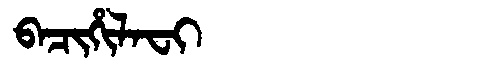
Manchu: ᠪᠠᠴᡳᡥᡳᠯᠠᠸᡳ
Romanization: BACIHILAFI